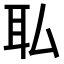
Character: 𫟉